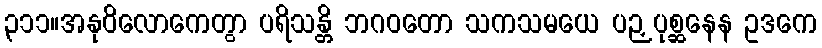
၃၁၁။အနုဝိလောကေတွာ ပရိသန္တိ ဘဂဝတော သကသမယေ ပဉှပုစ္ဆနေန ဥဒကေ